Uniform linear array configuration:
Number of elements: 4
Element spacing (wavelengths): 0.5
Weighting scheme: kaiser
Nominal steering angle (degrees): -15
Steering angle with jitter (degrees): -16.907
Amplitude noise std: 0.05
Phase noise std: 0.05

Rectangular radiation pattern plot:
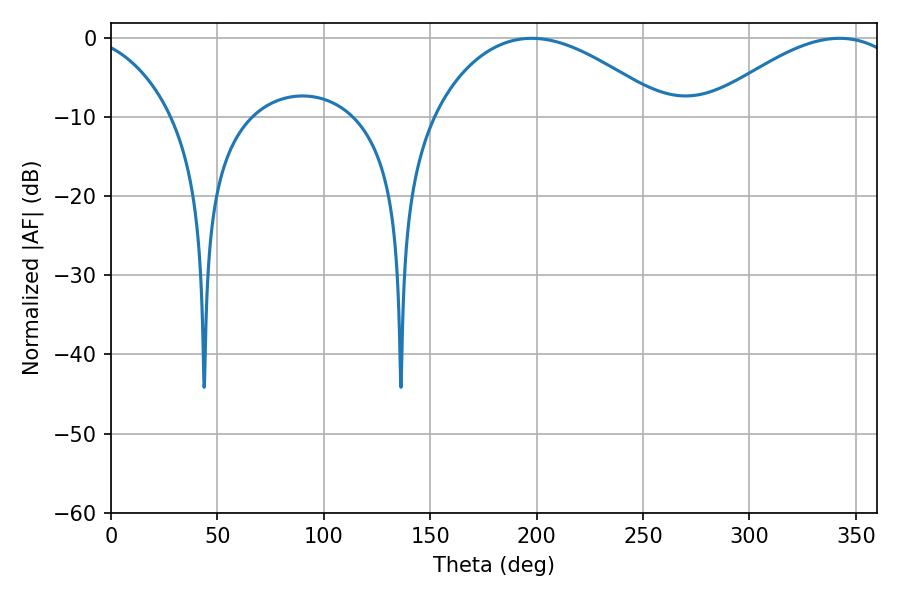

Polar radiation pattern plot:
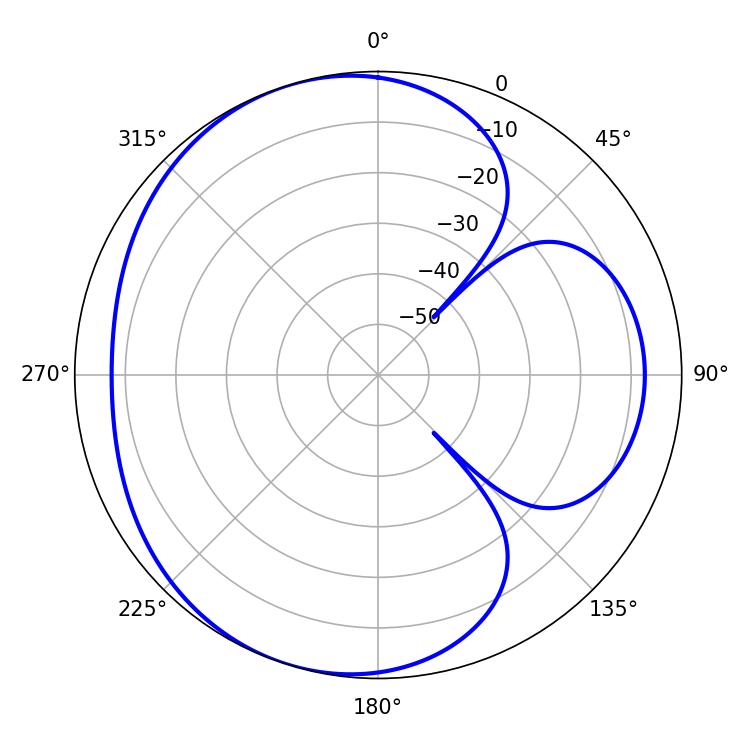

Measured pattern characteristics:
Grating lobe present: FALSE
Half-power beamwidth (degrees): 60.48
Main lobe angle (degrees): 197.64